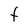
Character: F